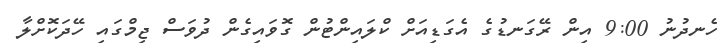
ހެނދުނު 9:00 އިން ރޭގަނޑުގެ އެގަޑިއަށް ކްލައިންޓުން ގޮވައިގެން ދުވަސް ޖިމްގައި ހޭދަކޮށްލާ